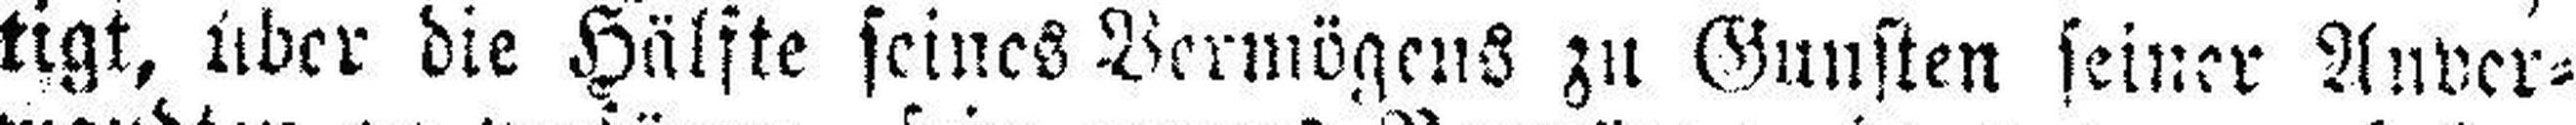
tigt, über die Hälfte seines Vermögens zu Gunsten seiner Anver¬